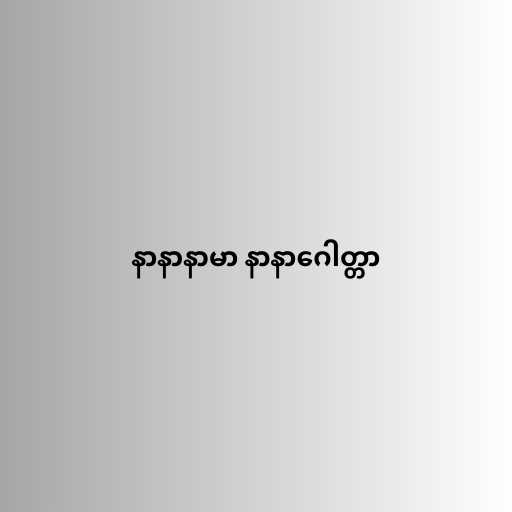
နာနာနာမာ နာနာဂေါတ္တာ